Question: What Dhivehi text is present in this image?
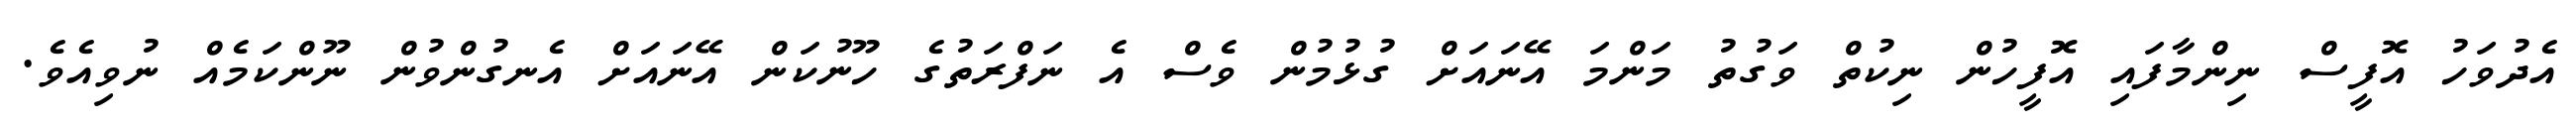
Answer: އެދުވަހު އޮފީސް ނިންމާފައި އޮފީހުން ނިކުތް ވަގުތު މަންމަ އޭނައަށް ގުޅުމުން ވެސް އެ ނަފްރަތުގެ ހޫނުކަން އޭނައަށް އެނގުންވުން ނޫންކަމެއް ނުވިއެވެ.